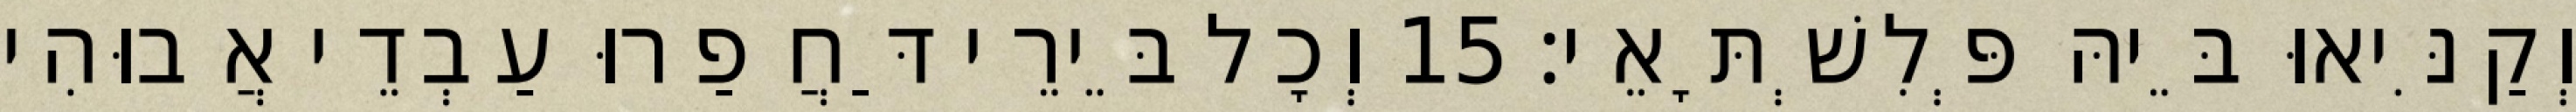
וְקַנִּיאוּ בֵּיהּ פְּלִשְׁתָּאֵי׃ 15 וְכָל בֵּירֵי דַּחֲפַרוּ עַבְדֵי אֲבוּהִי